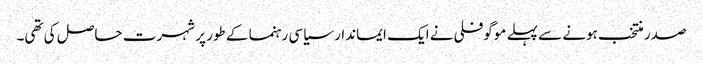
صدر منتخب ہونے سے پہلے موگوفلی نے ایک ایماندار سیاسی رہنما کے طور پر شہرت حاصل کی تھی۔